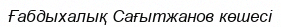
Ғабдыхалық Сағытжанов көшесі